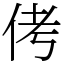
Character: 侤